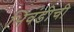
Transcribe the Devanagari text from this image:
भिवंडीची